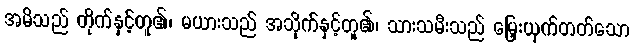
အမိသည် တိုက်နှင့်တူ၏၊ မယားသည် အသိုက်နှင့်တူ၏၊ သားသမီးသည် မြှေးယှက်တတ်သော